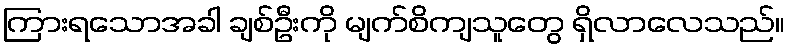
ကြားရသောအခါ ချစ်ဦးကို မျက်စိကျသူတွေ ရှိလာလေသည်။